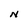
Character: N